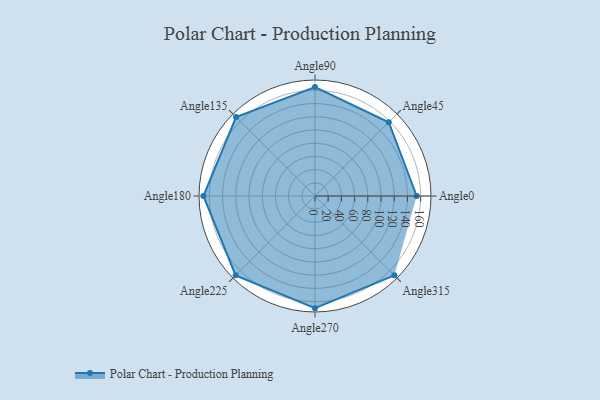
{"axis": {"x": "Angle", "y": "Radius"}, "legend": [""], "data": [{"x": "Angle0", "y": 154.0, "type": ""}, {"x": "Angle45", "y": 158.0, "type": ""}, {"x": "Angle90", "y": 165.0, "type": ""}, {"x": "Angle135", "y": 169.0, "type": ""}, {"x": "Angle180", "y": 169.0, "type": ""}, {"x": "Angle225", "y": 170, "type": ""}, {"x": "Angle270", "y": 170, "type": ""}, {"x": "Angle315", "y": 170, "type": ""}]}